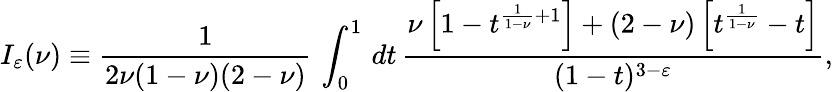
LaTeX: I_{\varepsilon}(\nu)\equiv\frac{1}{2\nu(1-\nu)(2-\nu)}\, \int_{0}^{1}\, dt\, \frac{\nu\left[1-t^{\frac{1}{1-\nu}+1}\right]+(2-\nu)\left[t^{\frac{1}{1-\nu}}-t\right]}{(1-t)^{3-\varepsilon}},